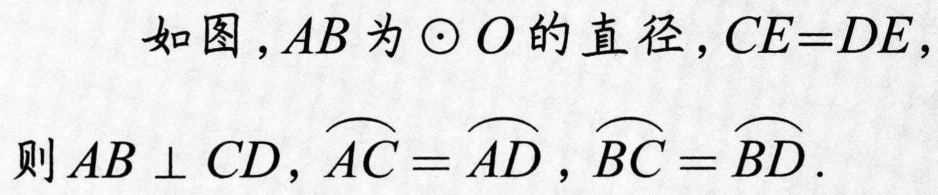
如图，$AB$为$\odot O$的直径，$CE = DE$，
则$AB\perp CD$，$\overset{\frown}{AC}=\overset{\frown}{AD}$，$\overset{\frown}{BC}=\overset{\frown}{BD}$.